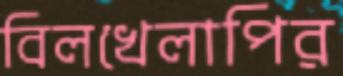
বিলখেলাপির